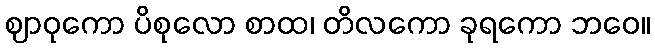
ဈာဝုကော ပိစုလော စာထ၊ တိလကော ခုရကော ဘဝေ။